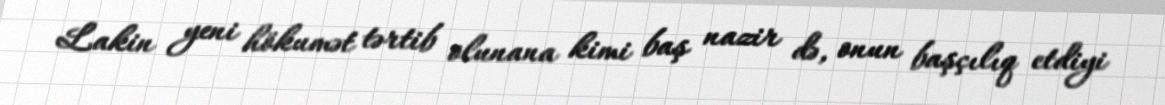
Lakin yeni hökumət tərtib olunana kimi baş nazir də, onun başçılıq etdiyi